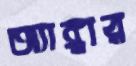
অ্যাঙ্গার